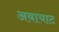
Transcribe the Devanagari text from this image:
अबायाट